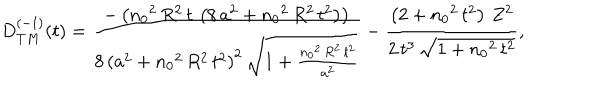
\begin{array} { c } { { D _ { T M } ^ { ( - 1 ) } ( t ) = \displaystyle { \frac { - \left( { n _ { 0 } } ^ { 2 } \, R ^ { 2 } \, t \, \left( 8 \, a ^ { 2 } + { n _ { 0 } } ^ { 2 } \, R ^ { 2 } \, t ^ { 2 } \right) \right) } { 8 \, { \left( a ^ { 2 } + { n _ { 0 } } ^ { 2 } \, R ^ { 2 } \, t ^ { 2 } \right) } ^ { 2 } \, { \sqrt { 1 + \frac { { n _ { 0 } } ^ { 2 } \, R ^ { 2 } \, t ^ { 2 } } { a ^ { 2 } } } } } - \frac { \left( 2 + { n _ { 0 } } ^ { 2 } \, t ^ { 2 } \right) \, Z ^ { 2 } } { 2 \, t ^ { 3 } \, { \sqrt { 1 + { n _ { 0 } } ^ { 2 } \, t ^ { 2 } } } } } , } } \\ \end{array}